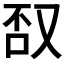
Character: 𱒕